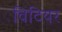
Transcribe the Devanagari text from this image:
विटियर